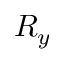
R _ { y }